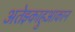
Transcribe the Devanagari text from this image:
अतेझ्काहुआकान